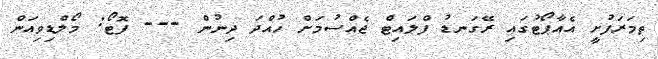
ތިމަރަފުށީ އެއާޕޯޓުގައި ރޭގަނޑު ފްލައިޓް ޖެއްސުމަށް ހުއްދަ ދިނުން --- ފޮޓޯ: މޯލްޑިވިއަން